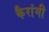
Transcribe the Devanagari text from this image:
कैरांगी